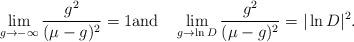
LaTeX: \begin{align*}\lim_{g\to-\infty}\frac{g^2}{(\mu-g)^2}=1\mathrm{and}\quad\lim_{g\to \ln D}\frac{g^2}{(\mu-g)^2}=|\ln D|^2.\end{align*}